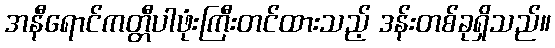
အနီရောင်ကတ္တီပါဖုံးကြီးတင်ထားသည့် ဒန်းတစ်ခုရှိသည်။